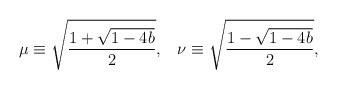
LaTeX: \begin{align*}\mu\equiv\sqrt{\frac{1+\sqrt{1-4b}}{2}},\;\;\;\nu\equiv\sqrt{\frac{1-\sqrt{1-4b}}{2}},\end{align*}